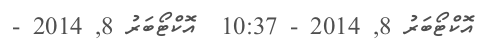
އޮކްޓޯބަރު 8